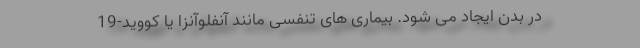
در بدن ایجاد می شود. بیماری های تنفسی مانند آنفلوآنزا یا کووید-19